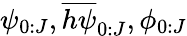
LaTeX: \psi_{0:J},\overline{{h\psi}}_{0:J},\phi_{0:J}